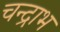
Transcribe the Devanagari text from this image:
चन्द्राभ